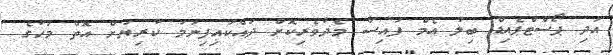
އަދި ޕޯސްޓްޕެއިޑް ބިލު އެމް ފައިސާ މެދުވެރިކޮށް ދައްކައިފިނަމަ ކުރިޔަށް އޮތް މަހުގެ